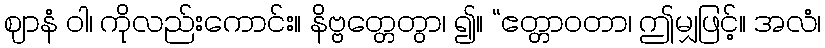
ဈာနံ ဝါ၊ ကိုလည်းကောင်း။ နိဗ္ဗတ္တေတွာ၊ ၍။ “ဧတ္တာဝတာ၊ ဤမျှဖြင့်။ အလံ၊